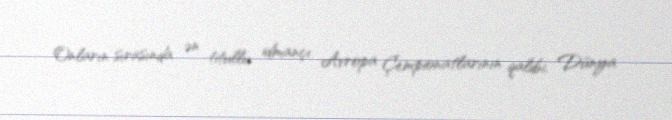
Onların sırasında ən titullu idmançı Avropa Çempionatlarının qalibi, Dünya